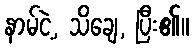
နာမ်ငဲ့, သိချေ, ပြီး၏။